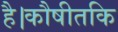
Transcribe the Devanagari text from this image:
है।कौषीतकि